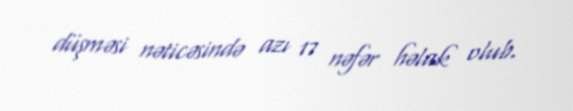
düşməsi nəticəsində azı 17 nəfər həlak olub.